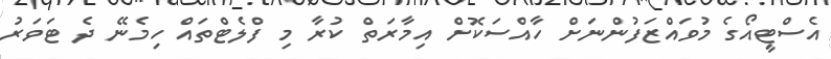
އެސްޓީއޯގެ މުވައްޒަފުންނަށް ހާއްސަކޮށް އިމާރަތް ކުރާ މި ފްލެޓްތައް ހިމެނޭ ދެ ޓަވަރު